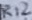
Text: R12